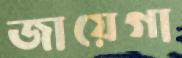
জায়েগা